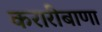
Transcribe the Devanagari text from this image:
करारीबाणा